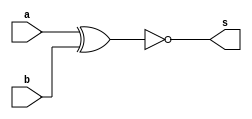
// ------------------------- 
// Exemplo0023 - COMPARADOR IGUALDADE 
// Nome: Camila Guedes Silveira 
// ------------------------- 

// ------------------------- 
// Comparador de Igualdade
// ------------------------- 

module comparadorI (output [5:0]s, input [5:0]a, input [5:0]b); 
	// descrever por portas 
	
	assign s = ~(a ^ b);
	
endmodule // comparadorI 

module test_comparadorI; 
// ------------------------- definir dados 
	reg [5:0] x; 
	reg [5:0] y; 
	 
	wire [5:0] r; 
	
// ------------------------- instancia
	comparadorI modulo(r, x, y);

// ------------------------- parte principal 
	initial begin 
		$display("Exemplo0021 - Camila Guedes Silveira - 427393"); 
		$display("Teste Comparador de Igualdade"); 
		
		x = 6'b000000;
		y = 6'b000000;
		
		#1 $display("%b  %b = %b", x, y, r);
		
		x = 6'b000001;
		y = 6'b000000;
		
		#1 $display("%b  %b = %b", x, y, r);
	
	end 
endmodule // test_comparadorI